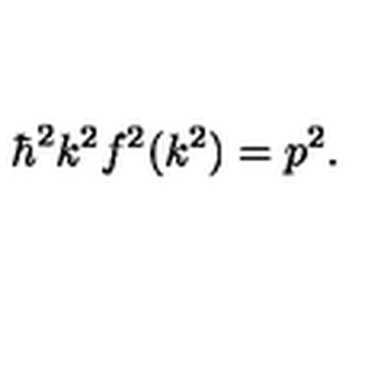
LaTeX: \hbar ^ { 2 } k ^ { 2 } f ^ { 2 } ( k ^ { 2 } ) = p ^ { 2 } .